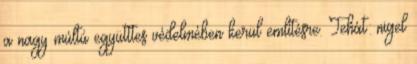
a nagy múltú együtttes védelmében kerül említésre. Tehát: nigel